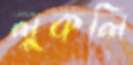
লুকলি